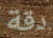
دقة